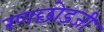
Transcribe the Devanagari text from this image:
रणछोडजी